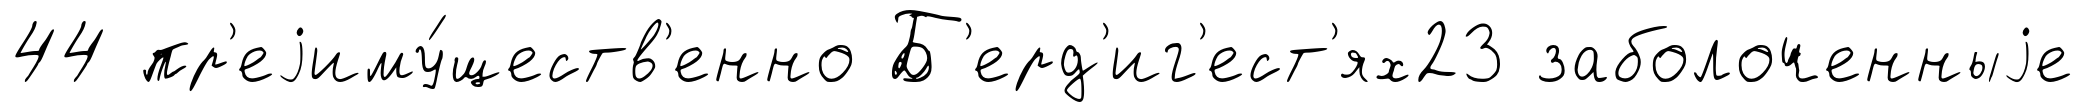
44 пр'еjиму́ществ'енно Б'ерд'иг'ест'ях23 заболоченныjе